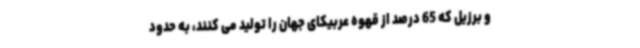
و برزیل که 65 درصد از قهوه عربیکای جهان را تولید می کنند، به حدود